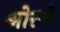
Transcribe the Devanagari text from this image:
ओरञे